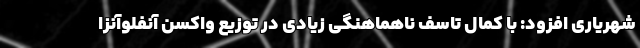
شهریاری افزود: با کمال تاسف ناهماهنگی زیادی در توزیع واکسن آنفلوآنزا